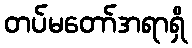
တပ်မတော်အရာရှိ